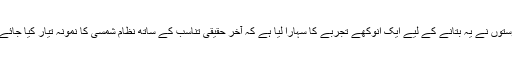
امریکا کے دو دوستوں نے یہ بتانے کے لیے ایک انوکھے تجربے کا سہارا لیا ہے کہ آخر حقیقی تناسب کے ساتھ نظام شمسی کا نمونہ تیار کیا جائے تو کیسا بنے گا؟